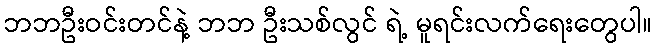
ဘဘဦးဝင်းတင်နဲ့ ဘဘ ဦးသစ်လွင် ရဲ့ မူရင်းလက်ရေးတွေပါ။